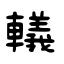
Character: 轙